Report on lock hospitals in British Burma
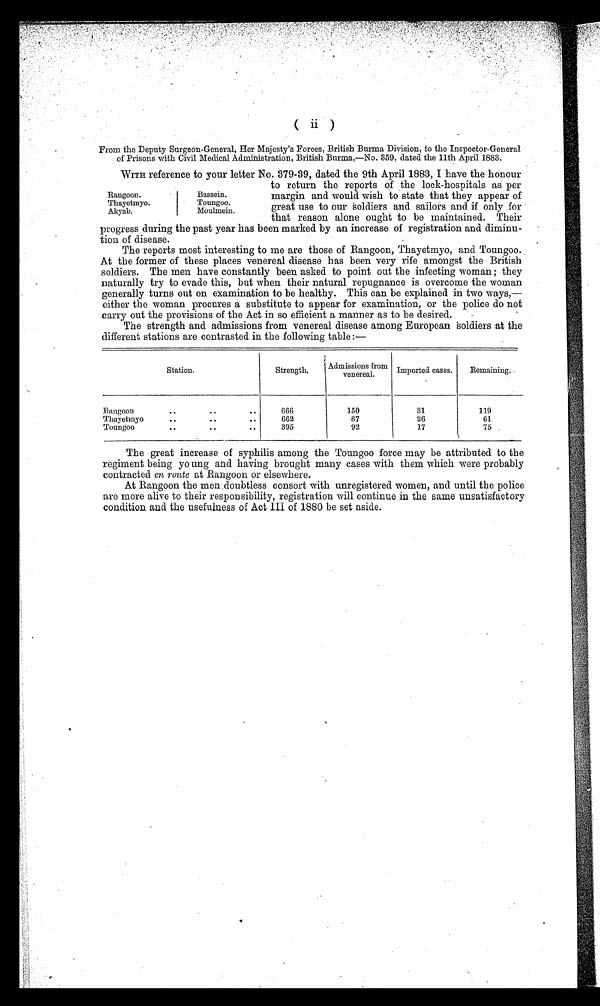
From the Deputy Surgeon-General, Her Majesty's Forces, British Burma Division, to the Inspector-General
of Prisons with Civil Medical Administration, British Burma,—No. 359, dated the 11th April 1883.
W I T H
r e f e r e n c e t o y o u r l e t t e r N o . 3 7 9 - 3 9 , d a t e d t h e 9 t h A p r i l 1 8 8 3 , I h a v e t h e h o n o u r
to return the reports of the lock-hospitals as per
margin and would wish to state that they appear of
great use to our Soldiers and sailors and if only for
that reason alone ought to be maintained. Their
progress during the past year has been marked by an increase of registration and diminu-
tion of disease.
The reports most interesting to me are those of Rangoon, Thayetmyo, and Toungoo.
At the former of these places venereal disease has been very rife amongst the British
soldiers. The men have constantly been asked to point out the infecting woman ; they
naturally try to evade this, but when their natural repugnance is overcome the woman
generally turns out on examination to be healthy. This can be explained in two ways,—
either the woman procures a substitute to appear for examination, or the police do not
carry out the provisions of the Act in so efficient a manner as to be desired.
The strength and admissions from venereal disease among European soldiers at the
different stations are contrasted in the following table :—
Station.
Strength.
Admissions from
venereal.
Imported cases.
Remaining.
Rangoon
..
..
..
666
150
31
119
Thayetmyo
..
..
..
662
87
26
61
Toungoo
. .
..
..
395
92
17
75
The great increase of syphilis among the Toungoo force may be attributed to the
regiment being young and having brought many cases with them which were probably
contracted en route at Rangoon or elsewhere.
At Rangoon the men doubtless consort with unregistered women, and until the police
are more alive to their responsibility, registration will continue in the same unsatisfactory
condition and the usefulness of Act III of 1880 be set aside.
Rangoon.
Bassein.
Thayetmyo.
Toungoo.
Akyab.
Moulmein.